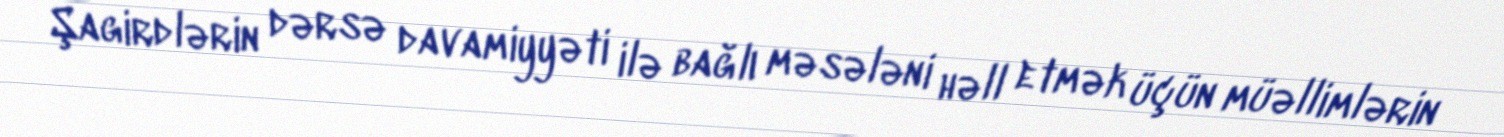
Şagirdlərin dərsə davamiyyəti ilə bağlı məsələni həll etmək üçün müəllimlərin